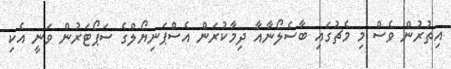
އިތުރުން ވެސް މި މެޗުގައި ބާސެލޯނާއާ ދިމާކުރަން އެސްޕަނިޔޯލްގެ ސަޕޯޓަރުން ވަނީ އެކި